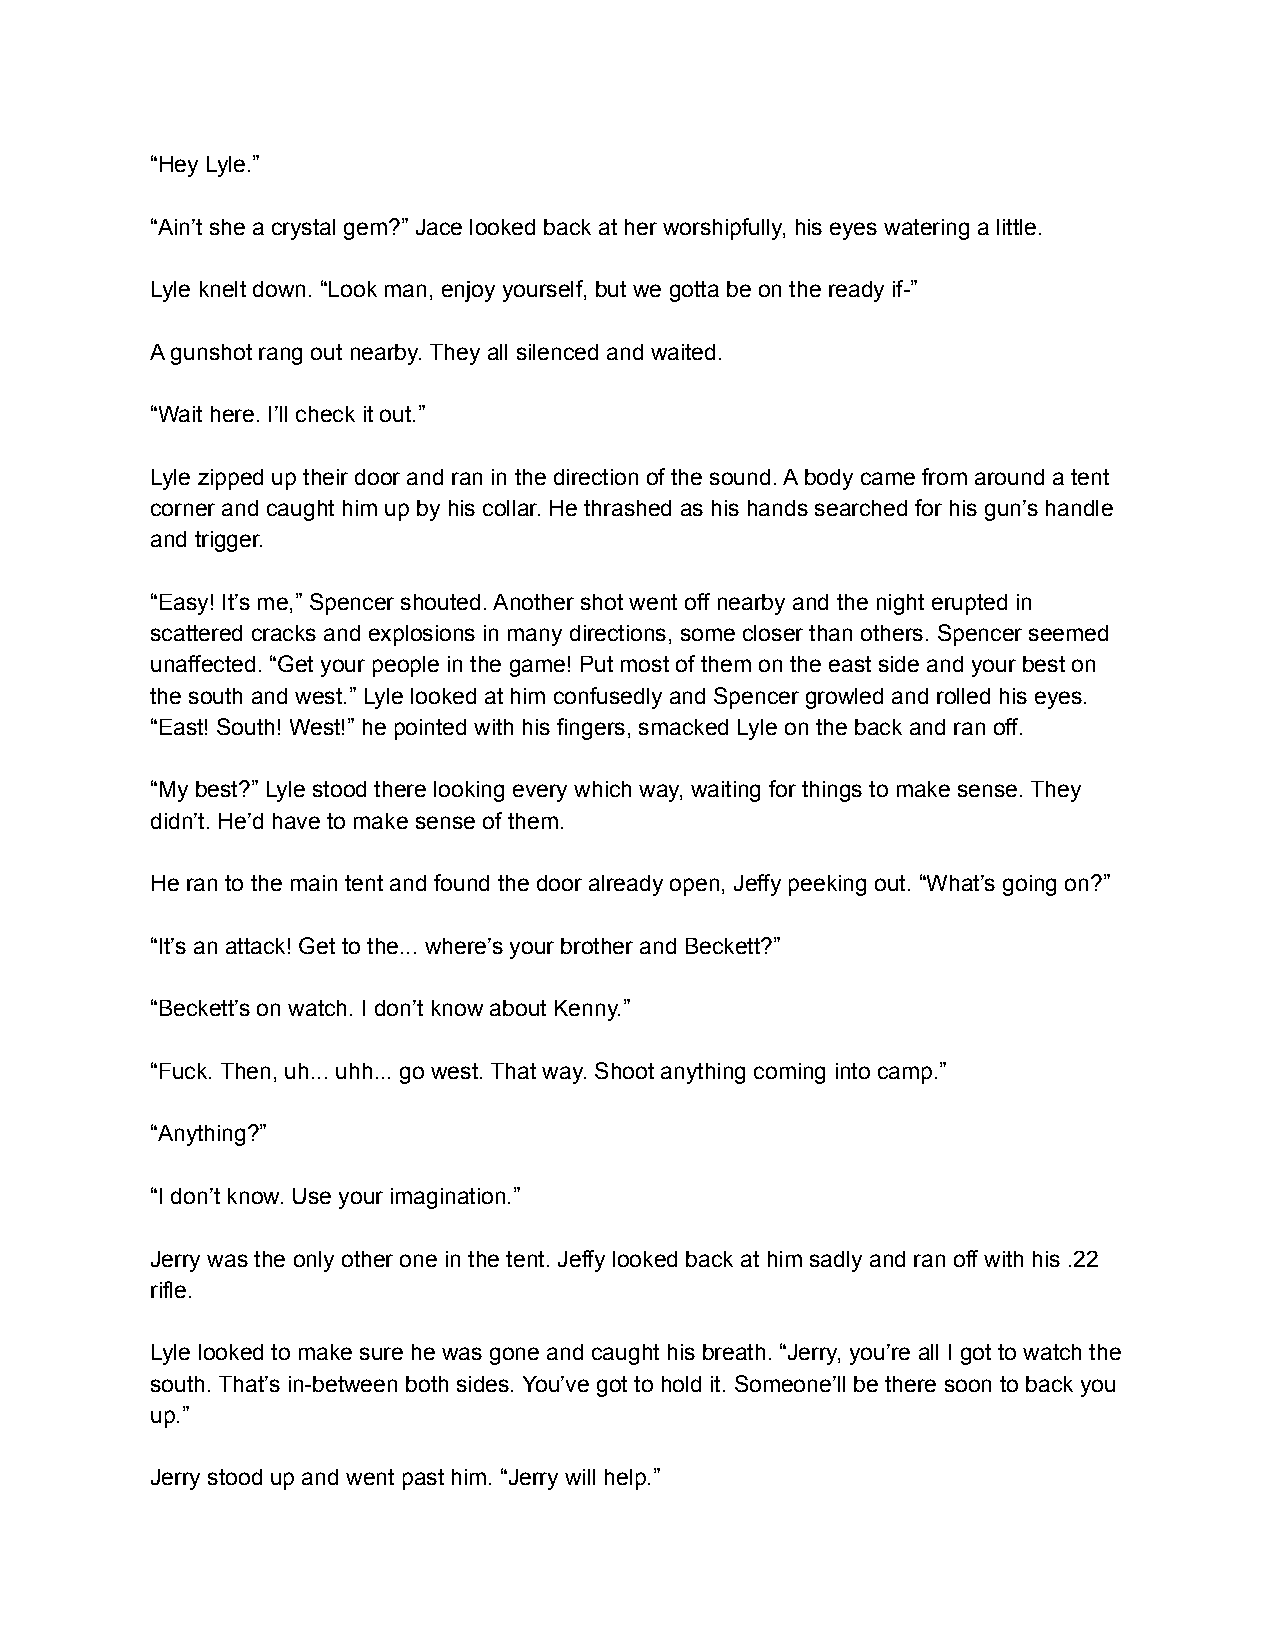
“Hey Lyle.”
 “Ain’t she a crystal gem?” Jace looked back at her worshipfully, his eyes watering a little.
 Lyle knelt down. “Look man, enjoy yourself, but we gotta be on the ready if-”
 A gunshot rang out nearby. They all silenced and waited.
 “Wait here. I’ll check it out.”
 Lyle zipped up their door and ran in the direction of the sound. A body came from around a tent
 corner and caught him up by his collar. He thrashed as his hands searched for his gun’s handle
 and trigger.
 “Easy! It’s me,” Spencer shouted. Another shot went off nearby and the night erupted in
 scattered cracks and explosions in many directions, some closer than others. Spencer seemed
 unaffected. “Get your people in the game! Put most of them on the east side and your best on
 the south and west.” Lyle looked at him confusedly and Spencer growled and rolled his eyes.
 “East! South! West!” he pointed with his fingers, smacked Lyle on the back and ran off.
 “My best?” Lyle stood there looking every which way, waiting for things to make sense. They
 didn’t. He’d have to make sense of them.
 He ran to the main tent and found the door already open, Jeffy peeking out. “What’s going on?”
 “It’s an attack! Get to the... where’s your brother and Beckett?”
 “Beckett’s on watch. I don’t know about Kenny.”
 “Fuck. Then, uh... uhh... go west. That way. Shoot anything coming into camp.”
 “Anything?”
 “I don’t know. Use your imagination.”
 Jerry was the only other one in the tent. Jeffy looked back at him sadly and ran off with his .22
 rifle.
 Lyle looked to make sure he was gone and caught his breath. “Jerry, you’re all I got to watch the
 south. That’s in-between both sides. You’ve got to hold it. Someone’ll be there soon to back you
 up.”
 Jerry stood up and went past him. “Jerry will help.”